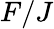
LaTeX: F/J